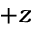
+ z